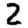
Digit: 2